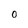
Character: O